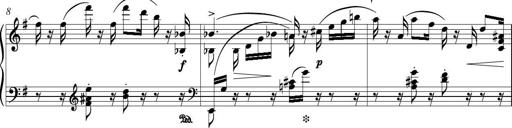
Title: Piano Sonatina in G major
Composer: Johan Peter Emilius Hartmann
Key: G major